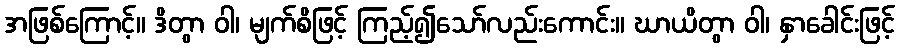
အဖြစ်ကြောင့်။ ဒိတွာ ဝါ၊ မျက်စိဖြင့် ကြည့်၍သော်လည်းကောင်း။ ဃာယိတွာ ဝါ၊ နှာခေါင်းဖြင့်